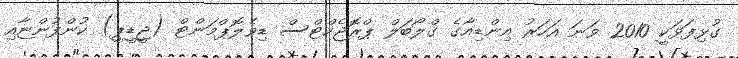
ގުޅިފަޅަކީ 2010 ވަނަ އަހަރު އިންޑިއާގެ ގްލޯބަލް ޕްރޮޖެކްޓްސް ޑިވެލޮޕްމަންޓް (ޖީޑީޕީ) ކުންފުންޏާއި